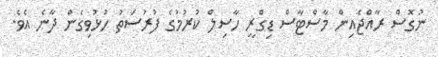
ނުގޮސް ރާއްޖެއިން މާސްޓާސް ޑިގްރީ ހާސިލް ކުރުމުގެ ފުރުސަތު ހުޅުވިގެން ދާނެ އެވެ.